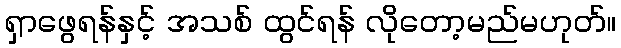
ရှာဖွေရန်နှင့် အသစ် ထွင်ရန် လိုတော့မည်မဟုတ်။